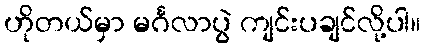
ဟိုတယ်မှာ မင်္ဂလာပွဲ ကျင်းပချင်လို့ပါ။